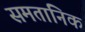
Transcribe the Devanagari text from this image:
समतानिक